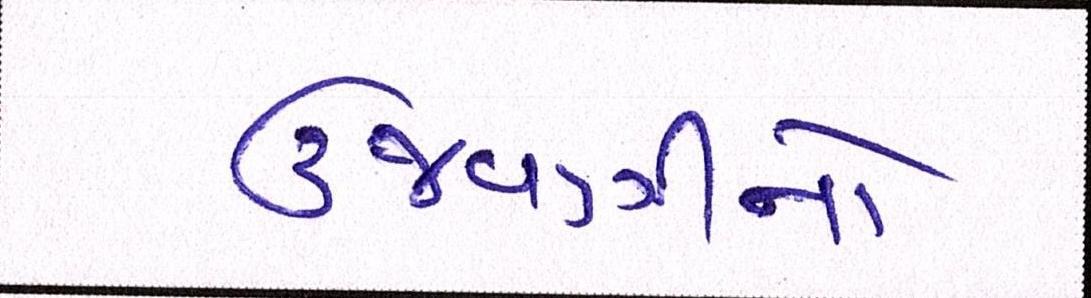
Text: ઉજવણીનો